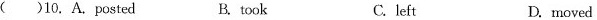
( )10, A. Posted B. took C.left D. moved